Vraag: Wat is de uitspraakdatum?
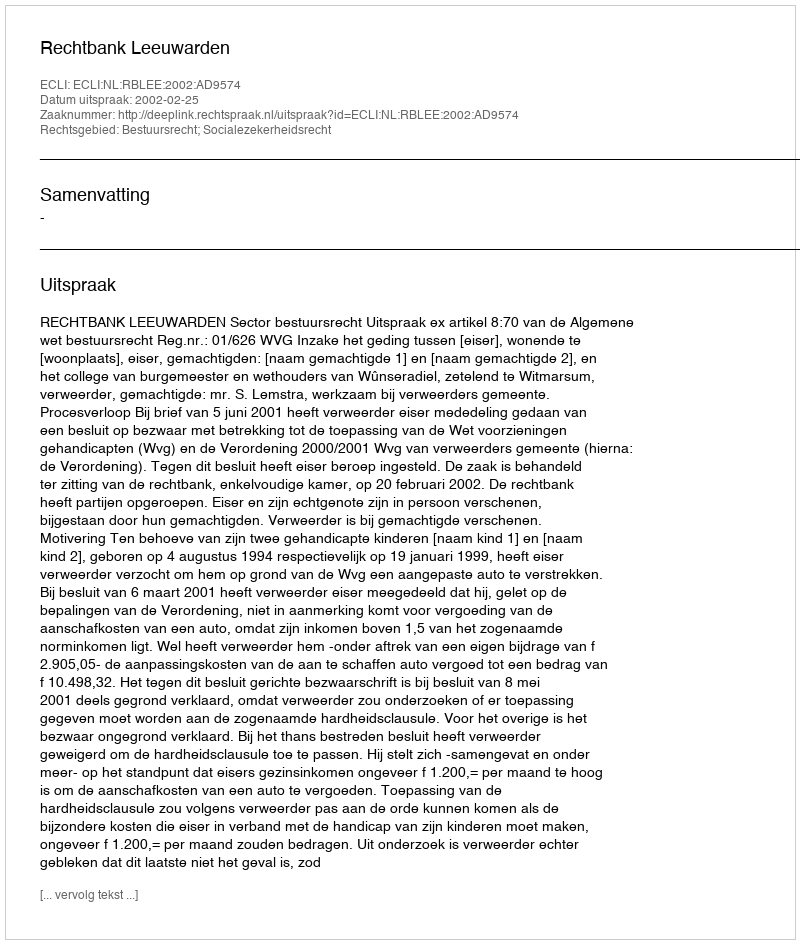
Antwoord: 2002-02-25